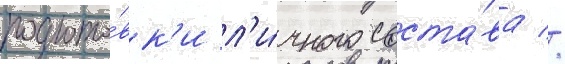
подгото́вк'и л'и́чного соста́ва //